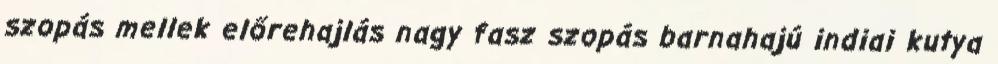
szopás mellek előrehajlás nagy fasz szopás barnahajú indiai kutya